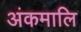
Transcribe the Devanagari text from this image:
अंकमालि